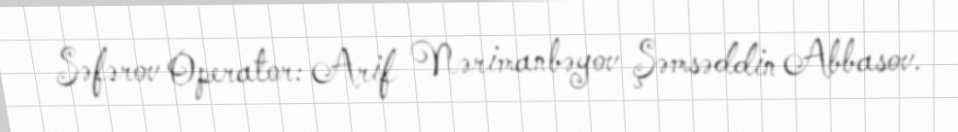
Səfərov Operator: Arif Nərimanbəyov Şəmsəddin Abbasov.